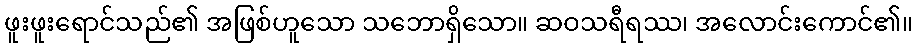
ဖူးဖူးရောင်သည်၏ အဖြစ်ဟူသော သဘောရှိသော။ ဆဝသရီရဿ၊ အလောင်းကောင်၏။